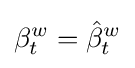
\beta _{t}^{w}={\hat {\beta }}_{t}^{w}